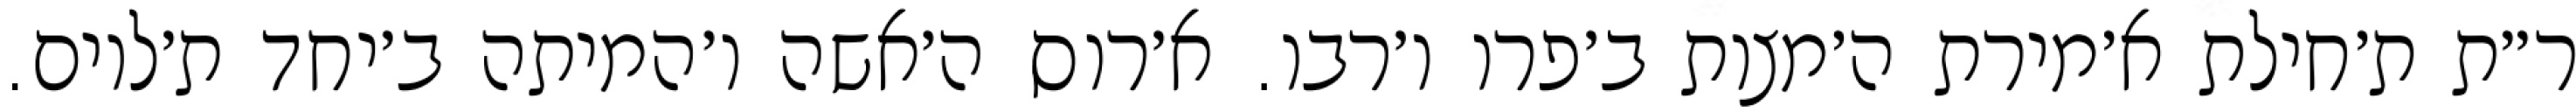
ר״ת ת׳חילת א׳מירת ה׳מצות ב׳פרו ו׳רבו. א׳רוס ה׳אשה ו׳המיתה ב׳יחד ת׳לוים.